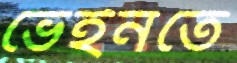
ভেইনতে